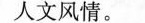
人文风情。